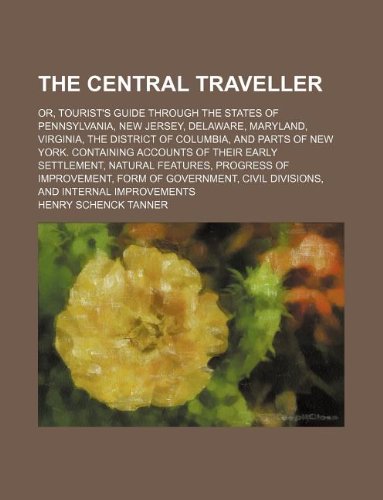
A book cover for The Central Traveller; Or, Tourist's Guide Through the States of Pennsylvania, New Jersey, Delaware, Maryland, Virginia, the District of Columbia, and; Henry Schenck Tanner; Travel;